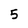
Character: 5